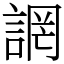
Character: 誷